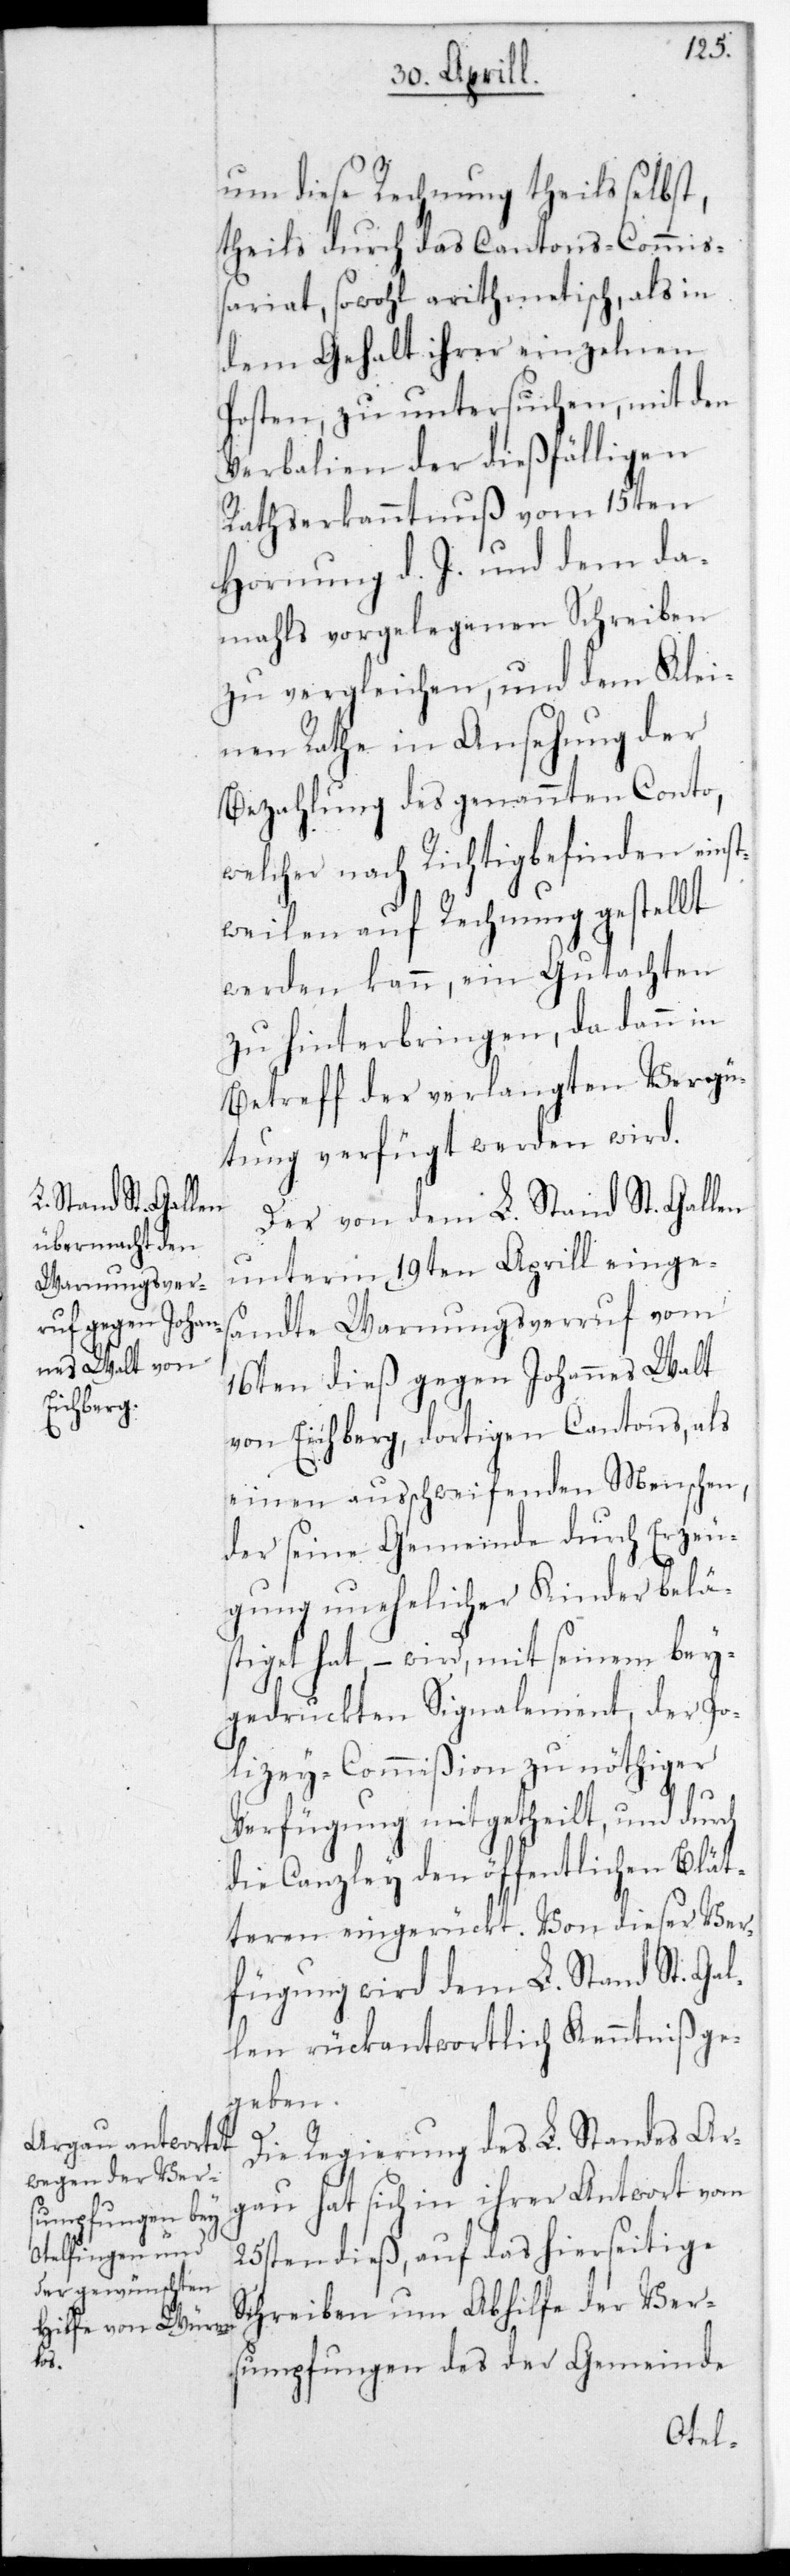
um diese Rechnung theils selbst,
theils durch das CantonsCommiß¬
ariat, sowohl arithmetisch als in
dem Gehalt ihrer einzelnen
Posten zu untersuchen, mit den
Verbalien der dießfälligen
Rathserkanntnuß vom 15ten
Hornung d. J. und dem da¬
mahls vorgelegenen Schreiben
zu vergleichen, und dem Klei¬
nen Rathe in Ansehung der
Bezahlung des genannten Conto,
welcher nach Richtigbefinden einst¬
weilen auf Rechnung gestellt
werden kann, ein Gutachten
zu hinterbringen, da dann in
Betreff der verlangten Vergü¬
tung verfügt werden wird.
Der von dem L. Stand St. Gallen
unterm 19ten Aprill einges¬
andte Warnungsverruf vom
16ten dieß gegen Johannes Walt
von Eichberg, dortigen Cantons, als
einen ausschweifenden Menschen,
der seine Gemeinde durch Erzeu¬
gung unehelicher Kinder belä¬
stiget hat, – wird mit seinem bey¬
gedruckten Signalement der Po¬
lizey-Commißion zu nöthiger
Verfügung mitgetheilt, und durch
die Canzley den öffentlichen Blät¬
teren eingerückt. Von dieser Ver¬
fügung wird dem L. Stand St. Gal¬
len rückantwortlich Kenntniß ge¬
geben.
Die Regierung des L. Standes Ar¬
gau hat sich in ihrer Antwort vom
25sten dieß, auf das hierseitige
Schreiben um Abhilfe der Vers¬
umpfungen des der Gemeinde